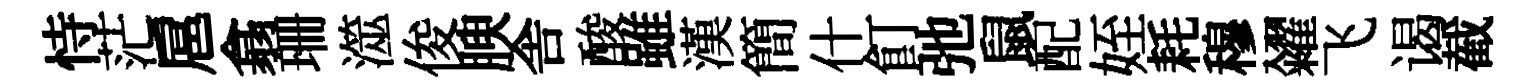
恃茫扈翕珊澨俊腴舎酸雖漢簡什飣弛鼠配姪耗穆糴飞谒截